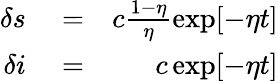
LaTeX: \begin{array}{rlr}{\delta s}&{{}=}&{c\frac{1-\eta}{\eta}\exp[-\eta t]}\\ {\delta i}&{{}=}&{c\exp[-\eta t]}\end{array}